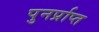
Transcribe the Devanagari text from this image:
पुनर्प्राप्‍त